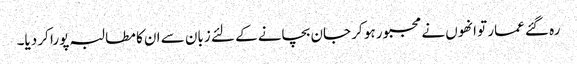
رہ گئے عمار تو انھوں نے مجبور ہو کر جان بچانے کے لئے زبان سے ان کا مطالبہ پورا کر دیا۔